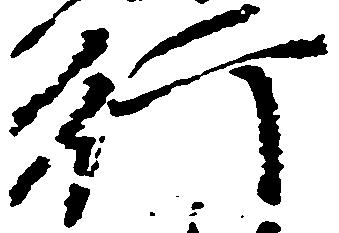
行